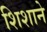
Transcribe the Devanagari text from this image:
शिशाने